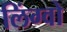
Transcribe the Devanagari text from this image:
लिंग्वो